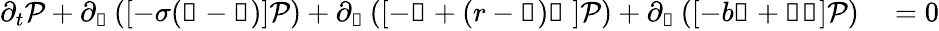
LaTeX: \begin{array}{rl}{\partial_{t}\mathcal{P}+\partial_{\mathscr{x}}\left(\left[-\sigma(\mathscr{x}-\mathscr{y})\right]\mathcal{P}\right)+\partial_{\mathscr{y}}\left(\left[-\mathscr{y}+(r-\mathscr{z})\mathscr{x}\ \right]\mathcal{P}\right)+\partial_{\mathscr{z}}\left(\left[-b\mathscr{z}+\mathscr{x}\mathscr{y}\right]\mathcal{P}\right)}&{{}=0}\end{array}